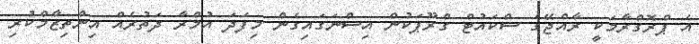
އެ ޕްރޮގްރާމަކީ ރާއްޖޭގެ ސްކައުޓް ގްރޫޕަކުން އިސްނަގައިގެން މިފަދަ އުމްރާ ދަތުރެއް އިންތިޒާމްކުރި